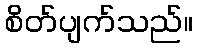
စိတ်ပျက်သည်။